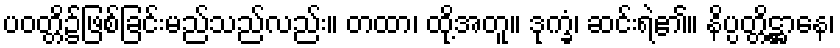
ပဝတ္တိ၌ဖြစ်ခြင်းမည်သည်လည်း။ တထာ၊ ထို့အတူ။ ဒုက္ခံ၊ ဆင်းရဲ၏။ နိပ္ပတ္တိဋ္ဌာနေ၊